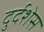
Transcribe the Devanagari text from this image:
दुर्दशेस